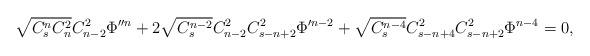
LaTeX: \begin{align*}\sqrt{C^n_sC^2_n}C^2_{n-2}\Phi''^n+2\sqrt{C^{n-2}_s}C^2_{n-2}C^2_{s-n+2}\Phi'^{n-2}+ \sqrt{C^{n-4}_s}C^2_{s-n+4}C^2_{s-n+2}\Phi^{n-4}=0,\end{align*}